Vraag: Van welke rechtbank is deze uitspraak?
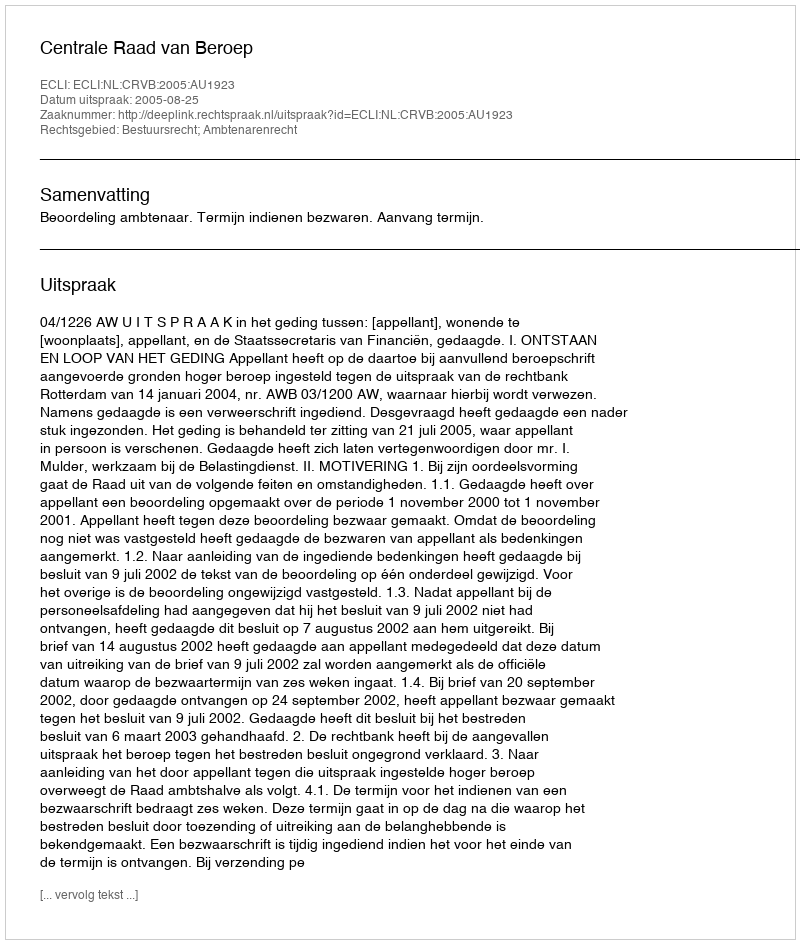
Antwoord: Centrale Raad van Beroep